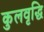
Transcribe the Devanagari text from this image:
कुलवृद्धि